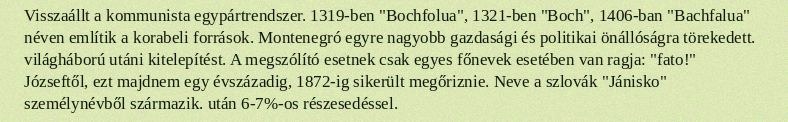
Visszaállt a kommunista egypártrendszer. 1319-ben "Bochfolua", 1321-ben "Boch", 1406-ban "Bachfalua" néven említik a korabeli források. Montenegró egyre nagyobb gazdasági és politikai önállóságra törekedett. világháború utáni kitelepítést. A megszólító esetnek csak egyes főnevek esetében van ragja: "fato!" Józseftől, ezt majdnem egy évszázadig, 1872-ig sikerült megőriznie. Neve a szlovák "Jánisko" személynévből származik. után 6-7%-os részesedéssel.